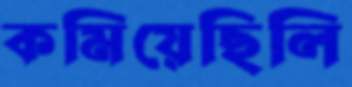
কমিয়েছিলি